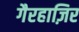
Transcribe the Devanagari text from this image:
गैरहाज़िर